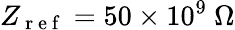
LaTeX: Z_{\mathrm{~r~e~f~}}=50\times 10^{9}~\Omega